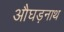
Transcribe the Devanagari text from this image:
औघड़नाथ